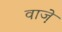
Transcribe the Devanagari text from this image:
वाजे़